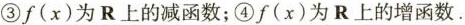
③f(x)为R上的减函数；④f(x)为R上的增函数.